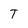
Character: T